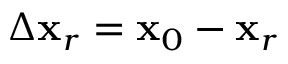
\Delta { \bf x } _ { r } = { \bf x } _ { 0 } - { \bf x } _ { r }